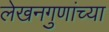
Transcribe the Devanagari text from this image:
लेखनगुणांच्या